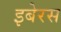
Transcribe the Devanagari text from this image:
इबेरस